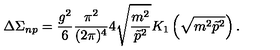
\Delta \Sigma _ { n p } = \frac { g ^ { 2 } } 6 \frac { \pi ^ { 2 } } { ( 2 \pi ) ^ { 4 } } 4 \sqrt { \frac { m ^ { 2 } } { \tilde { p } ^ { 2 } } } K _ { 1 } \left( \sqrt { m ^ { 2 } \tilde { p } ^ { 2 } } \right) .